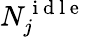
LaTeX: N_{j}^{\mathrm{~i~d~l~e~}}